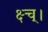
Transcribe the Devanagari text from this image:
क्ष्च्।